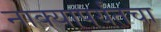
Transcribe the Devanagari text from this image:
नाक्‍यापर्यंतचा